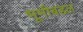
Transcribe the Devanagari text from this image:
भूमीबद्दल